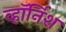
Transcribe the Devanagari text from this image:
व्हॉर्निश